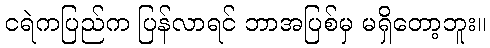
ငရဲကပြည်က ပြန်လာရင် ဘာအပြစ်မှ မရှိတော့ဘူး။